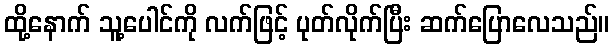
ထို့နောက် သူ့ပေါင်ကို လက်ဖြင့် ပုတ်လိုက်ပြီး ဆက်ပြောလေသည်။